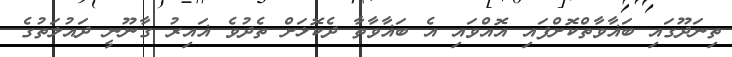
ތިނަދޫގައި ބަޣާވާތްކޮށްފައި އޮއްވައި އެ ބަޣާވާތާ ދެކޮޅަށް ތެދުވެ ޣައިރު ގާނޫނީ ދައުލަތުގެ